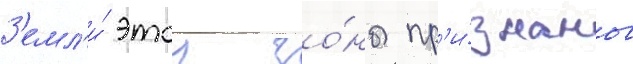
З'емл'и́ этои зо́ны пр'и́знаны